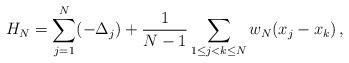
LaTeX: \begin{align*}H_N=\sum_{j=1}^N(-\Delta_j)+\frac{1}{N-1}\sum_{1\leq j<k\leq N} w_N(x_j-x_k)\,,\end{align*}